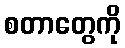
စတာတွေကို